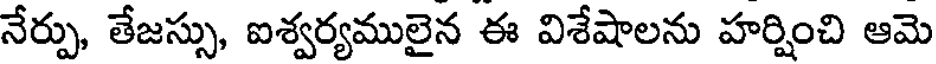
నేర్పు, తేజస్సు, ఐశ్వర్యములైన ఈ విశేషాలను హర్షించి ఆమె